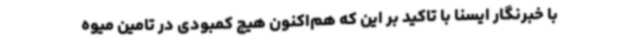
با خبرنگار ایسنا با تاکید بر این که هم‌اکنون هیچ کمبودی در تامین میوه